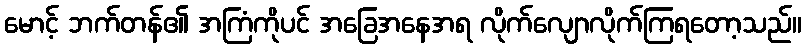
မောင့် ဘက်တန်၏ အကြံကိုပင် အခြေအနေအရ လိုက်လျောလိုက်ကြရတော့သည်။